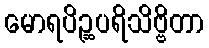
မောရပိဉ္ဆပရိသိဗ္ဗိတာ